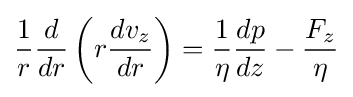
{\frac {1}{r}}{\frac {d}{dr}}\left(r{\frac {dv_{z}}{dr}}\right)={\frac {1}{\eta }}{\frac {dp}{dz}}-{\frac {F_{z}}{\eta }}